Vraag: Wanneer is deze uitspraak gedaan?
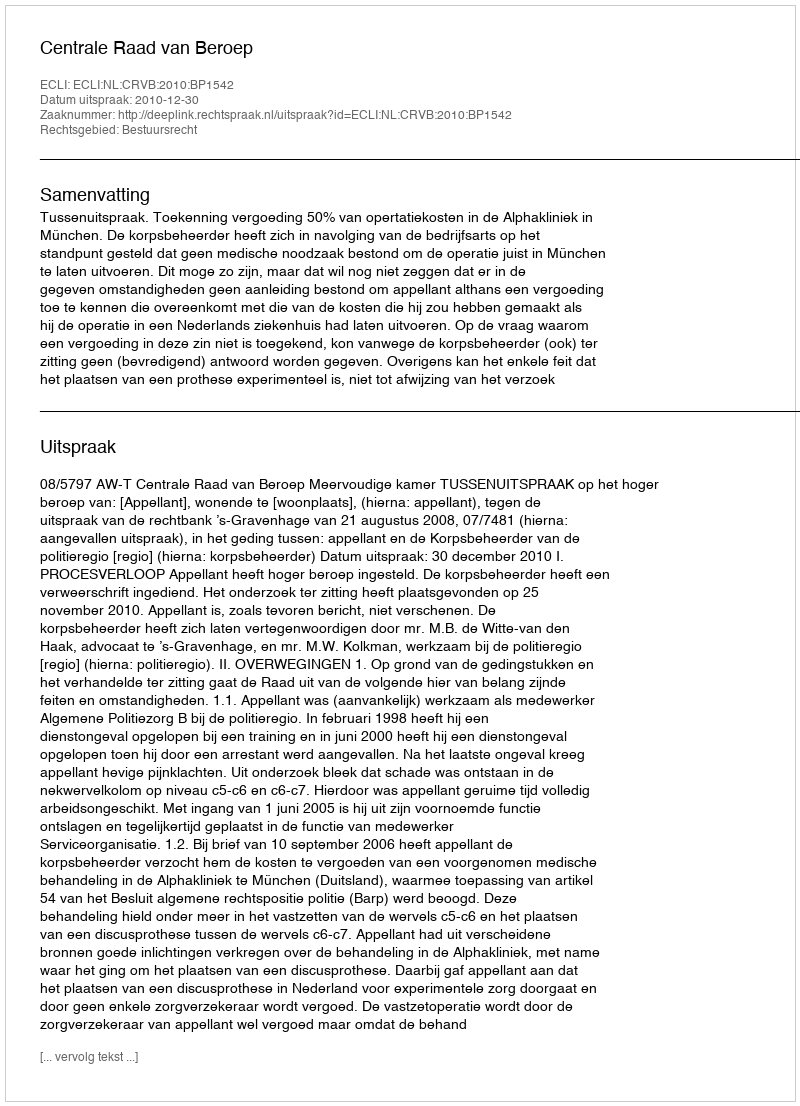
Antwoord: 2010-12-30